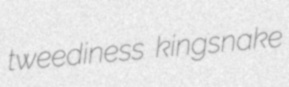
tweediness kingsnake